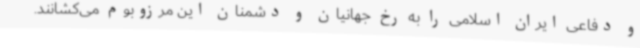
و دفاعی ایران اسلامی را به رخ جهانیان و دشمنان این مرزوبوم می‌کشانند.